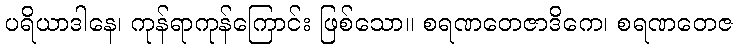
ပရိယာဒါနေ၊ ကုန်ရာကုန်ကြောင်း ဖြစ်သော။ စရဏတေဇာဒိကေ၊ စရဏတေဇ